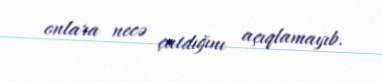
onlara necə çatdığını açıqlamayıb.